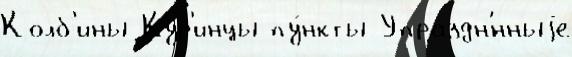
Колб'ины Кур'инцы пу́нкты Упраздн'́нныjе